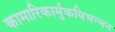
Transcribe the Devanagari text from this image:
कामारिकार्मुकविभन्जन